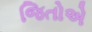
જિતોએ